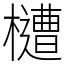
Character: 㯾